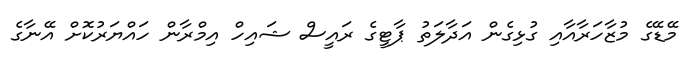
މޭޑޭގެ މުޒާހަރާއާއި ގުޅިގެން އަދާލަތު ޕާޓީގެ ރައީސް ޝައިހް އިމްރާން ހައްޔަރުކޮށް އޭނާގެ